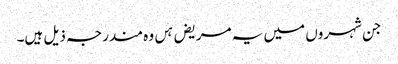
جن شہروں میں یہ مریض ہں وہ مندرجہ ذیل ہیں۔